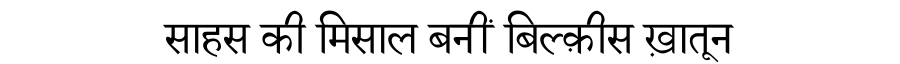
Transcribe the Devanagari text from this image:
साहस की मिसाल बनीं बिल्क़ीस ख़ातून